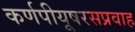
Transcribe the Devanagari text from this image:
कर्णपीयूषरसप्रवाह